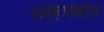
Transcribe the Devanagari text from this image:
स्वरूपबोध